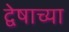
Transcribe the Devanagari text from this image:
द्वेषाच्या